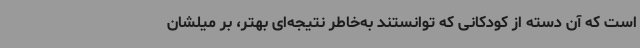
است که آن دسته از کودکانی که توانستند به‌خاطر نتیجه‌ای بهتر، بر میلشان